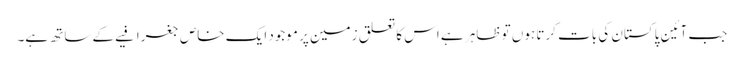
جب آئینِ پاکستان کی بات کرتا ہوں تو ظاہر ہے اس کا تعلق زمین پر موجود ایک خاص جغرافیے کے ساتھ ہے۔